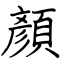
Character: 顏